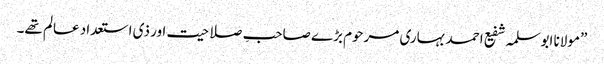
”مولانا ابوسلمہ شفیع احمد بہاری مرحوم بڑے صاحبِ صلاحیت اور ذی استعداد عالم تھے۔